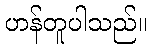
ဟန်တူပါသည်။